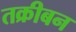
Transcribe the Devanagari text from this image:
तक्रीबन